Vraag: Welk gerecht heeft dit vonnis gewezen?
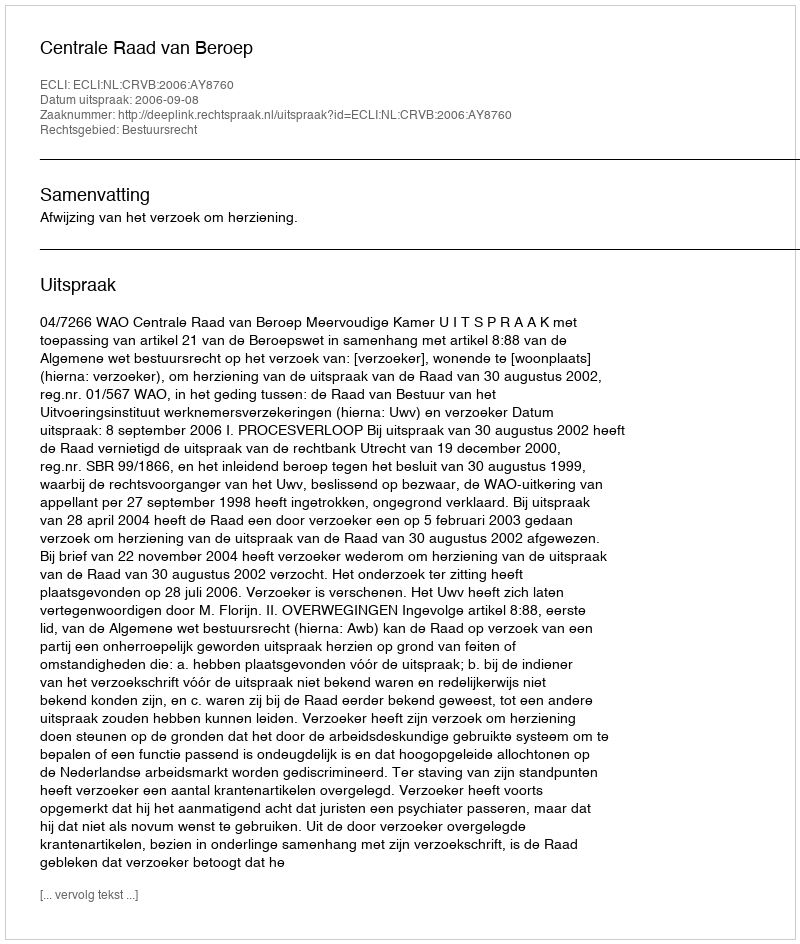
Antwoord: Centrale Raad van Beroep